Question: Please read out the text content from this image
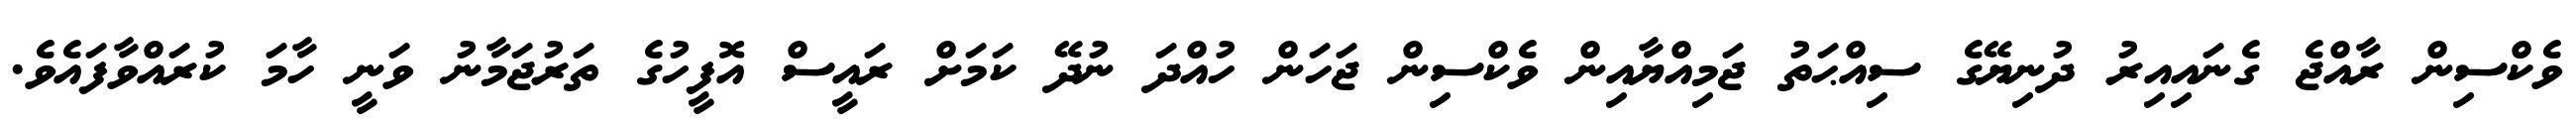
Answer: ވެކްސިން ރާއްޖެ ގެނައިއިރު ދުނިޔޭގެ ސިއްޙަތު ޖަމިއްޔާއިން ވެކްސިން ޖަހަން ހުއްދަ ނުދޭ ކަމަށް ރައީސް އޮފީހުގެ ތަރުޖަމާނު ވަނީ ހާމަ ކުރައްވާފައެވެ.